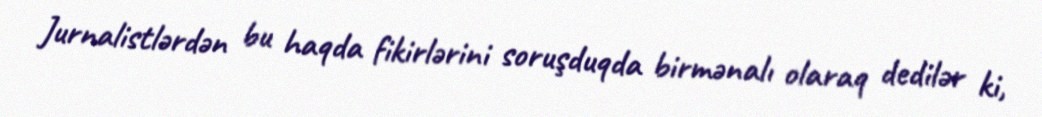
Jurnalistlərdən bu haqda fikirlərini soruşduqda birmənalı olaraq dedilər ki,